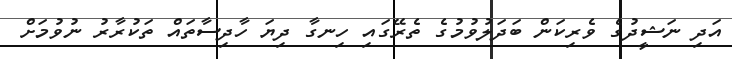
އަދި ނަޝީދުގެ ވެރިކަން ބަދަލުވުމުގެ ތެރޭގައި ހިނގާ ދިޔަ ހާދިސާތައް ތަކުރާރު ނުވުމަށް